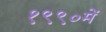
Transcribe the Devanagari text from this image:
१९९०में